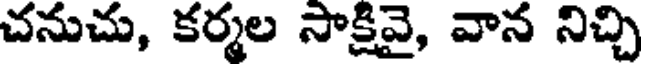
చనుచు, కర్మల సాక్షివై, వాన నిచ్చి